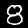
Digit: 8